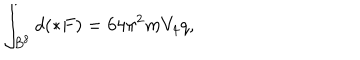
LaTeX: \int _ { B ^ { 8 } } d ( \ast F ) = 6 4 \pi ^ { 2 } m V _ { 4 } q ,